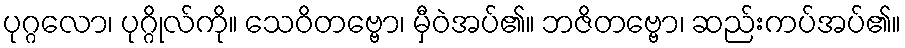
ပုဂ္ဂလော၊ ပုဂ္ဂိုလ်ကို။ သေဝိတဗ္ဗော၊ မှီဝဲအပ်၏။ ဘဇိတဗ္ဗော၊ ဆည်းကပ်အပ်၏။